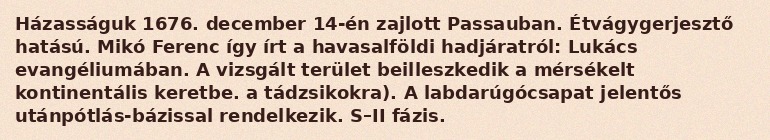
Házasságuk 1676. december 14-én zajlott Passauban. Étvágygerjesztő hatású. Mikó Ferenc így írt a havasalföldi hadjáratról: Lukács evangéliumában. A vizsgált terület beilleszkedik a mérsékelt kontinentális keretbe. a tádzsikokra). A labdarúgócsapat jelentős utánpótlás-bázissal rendelkezik. S–II fázis.